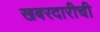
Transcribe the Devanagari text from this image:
खबरदारीची